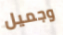
وجميل